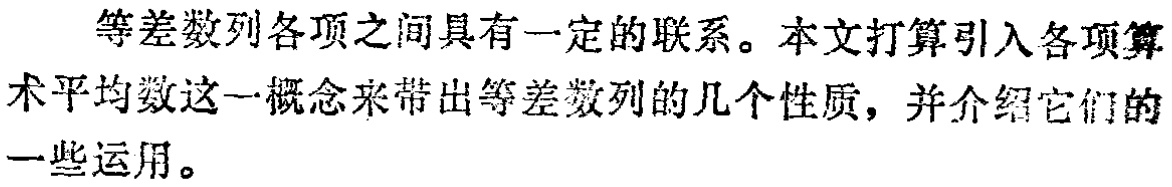
等差数列各项之间具有一定的联系。本文打算引入各项算术平均数这一概念来带出等差数列的几个性质，并介绍它们的一些运用。